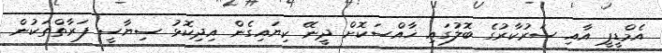
އެމްޑީޕީ އާއި ސަރުކާރުގެ ބޮލުގައި ޚާއްސަކޮށް ދީނޭ ކިޔައިގެން އިދިކޮޅު ސިޔާސީ ފަރާތްތަކުން